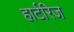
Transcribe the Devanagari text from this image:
हार्टरिज